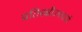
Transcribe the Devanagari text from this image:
प्रतिरक्षीउपचारों